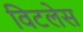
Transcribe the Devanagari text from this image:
विटलेस